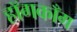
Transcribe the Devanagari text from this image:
हॉगकाँग